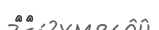
٢١